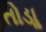
તોડાૢ